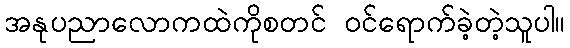
အနုပညာလောကထဲကိုစတင် ဝင်ရောက်ခဲ့တဲ့သူပါ။